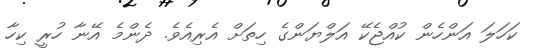
ކަހަލަ އަންހެން ކުއްޖެކޭ އަލްޔަންގެ ހިތަށް އެރިއެވެ. ދެންމެ އޭނާ ހުރީ ކިހާ